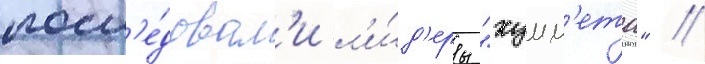
посл'е́довал'и л'и́д'еры "хумм'ета" /